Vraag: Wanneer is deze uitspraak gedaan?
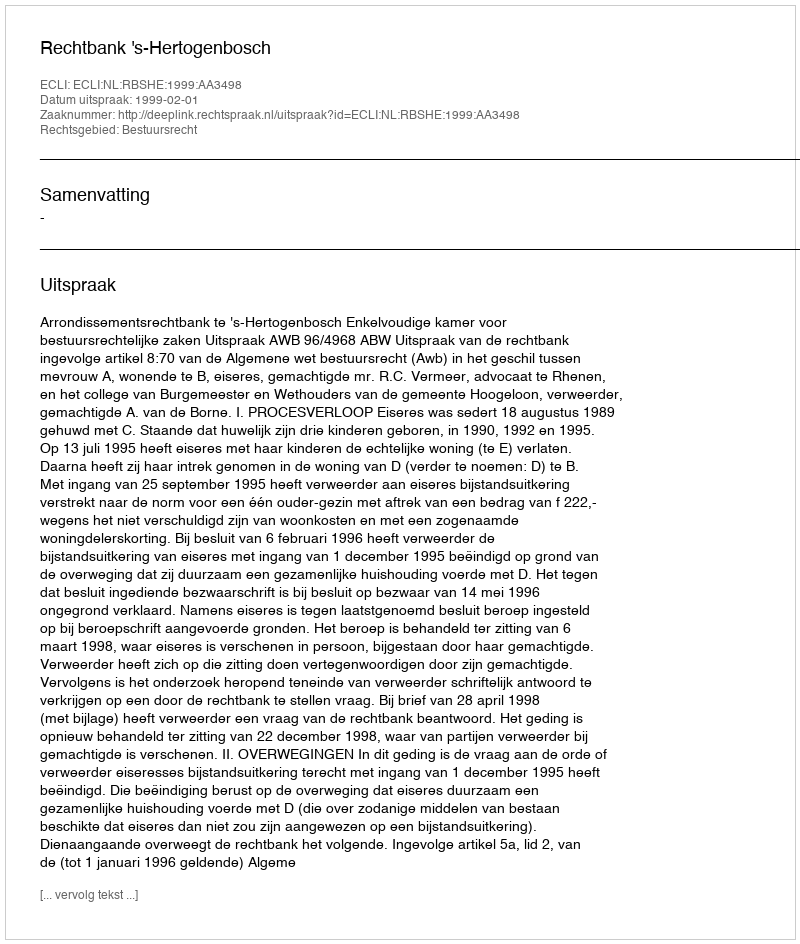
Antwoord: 1999-02-01